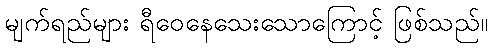
မျက်ရည်များ ရီဝေနေသေးသောကြောင့် ဖြစ်သည်။